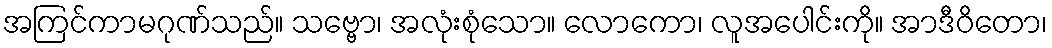
အကြင်ကာမဂုဏ်သည်။ သဗ္ဗော၊ အလုံးစုံသော။ လောကော၊ လူအပေါင်းကို။ အာဒီဝိတော၊